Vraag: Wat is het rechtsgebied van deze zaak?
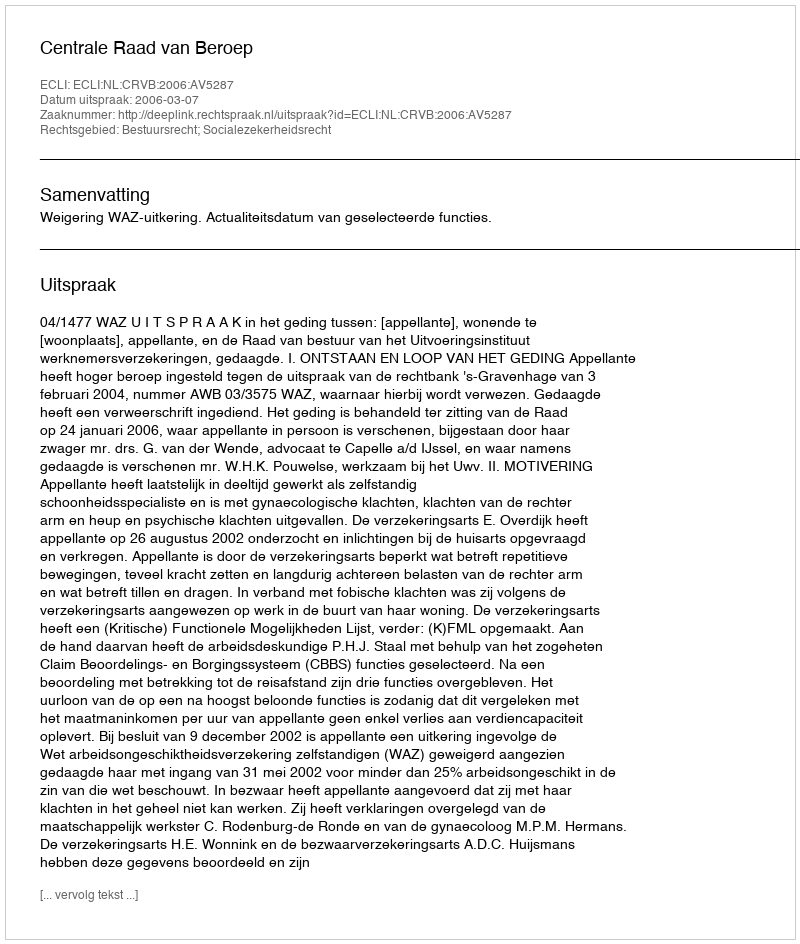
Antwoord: Bestuursrecht; Socialezekerheidsrecht